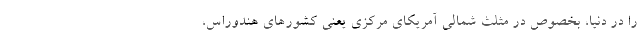
را در دنیا، بخصوص در مثلث شمالی آمریکای مرکزی یعنی کشورهای هندوراس،